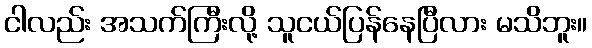
ငါလည်း အသက်ကြီးလို့ သူငယ်ပြန်နေပြီလား မသိဘူး။